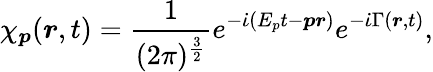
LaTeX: \chi_{\boldsymbol{p}}(\boldsymbol{r},t)=\frac{1}{(2\pi)^{\frac{3}{2}}}e^{-\dot{\iota}(E_{p}t-\boldsymbol{pr})}e^{-\dot{\iota}\Gamma(\boldsymbol{r},t)},